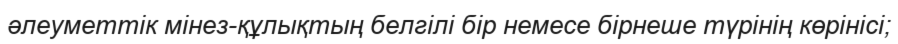
әлеуметтік мінез-құлықтың белгілі бір немесе бірнеше түрінің көрінісі;